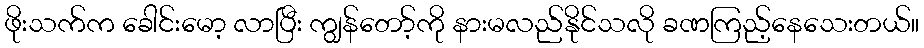
ဖိုးသက်က ခေါင်းမော့ လာပြီး ကျွန်တော့်ကို နားမလည်နိုင်သလို ခဏကြည့်နေသေးတယ်။